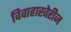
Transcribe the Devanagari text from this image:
विवाहाखेरीज